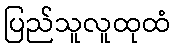
ပြည်သူလူထုထံ